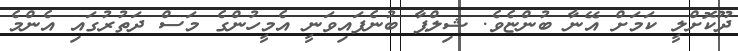
ދޫކޮށްލީ ކަމަށް އޭނާ ބުންޏެވެ. ޝިލްޕާ ބުނެފައިވަނީ އެމީހުންގެ މަސް ދަތުރުގައި އެންމެ